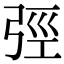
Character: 弳